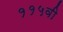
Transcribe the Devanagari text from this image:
११५वी